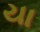
યા